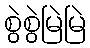
စွဲစွဲမြဲမြဲ